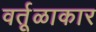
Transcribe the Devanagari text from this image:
वर्तूळाकार